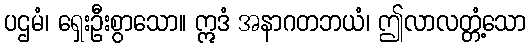
ပဌမံ၊ ရှေးဦးစွာသော။ ဣဒံ အနာဂတဘယံ၊ ဤလာလတ္တံ့သော